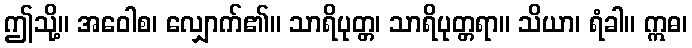
ဤသို့။ အဝေါစ၊ လျှောက်၏။ သာရိပုတ္တ၊ သာရိပုတ္တရာ။ သိယာ၊ ရံခါ။ ဣဓ၊